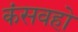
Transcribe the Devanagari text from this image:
कंसवहो